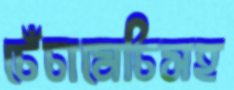
চেঁচামেচিসহ